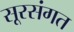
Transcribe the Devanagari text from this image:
सूरसंगत